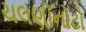
ચલણીનોટો